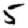
Digit: 5